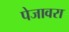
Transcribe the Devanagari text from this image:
पेजावरा